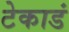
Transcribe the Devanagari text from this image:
टेकाडं